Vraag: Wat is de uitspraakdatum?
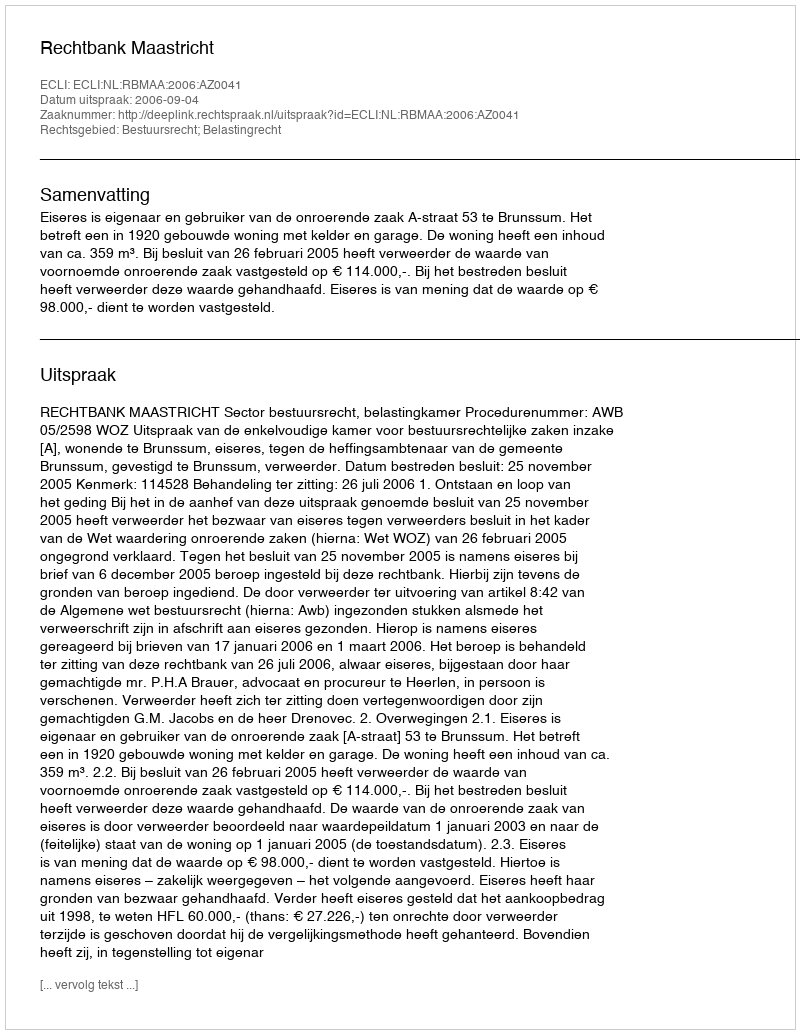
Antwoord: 2006-09-04